Vaccination in the Punjab 1883-1896 - 1883-1896
Year: 1883
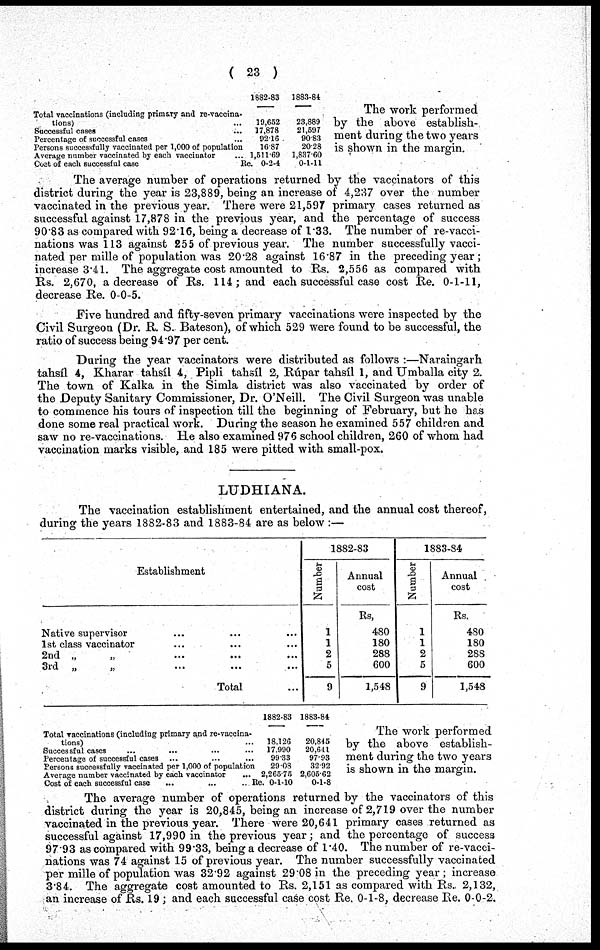
( 23 )
Total vaccinations (including primary and re-vaccina-
tions) ...
Successful cases ...
Percentage of successful cases ...
Persons successfully vaccinated per 1,000 of population
Average number vaccinated by each vaccinator ...
Cost of each successful case
1882-83
10,652
17,878
92.16
16.87
1,511.69
Re. 0-2-4
1883-84
23,889
21,597
90.83
20.28
1,837.60
0-1-11
The work performed
by the above establish-
ment during the two years
is shown in the margin.
The average number of operations returned by the vaccinators of this
district during the year is 23,889, being an increase of 4,237 over the number
vaccinated in the previous year. There were 21,597 primary cases returned as
successful against 17,878 in the previous year, and the percentage of success
90.83 as compared with 92.16, being a decrease of 1.33. The number of re-vacci-
nations was 113 against 255 of previous year. The number successfully vacci-
nated per mille of population was 20.28 against 16.87 in the preceding year;
increase 3.41. The aggregate cost amounted to Rs. 2,556 as compared with
Rs. 2,670, a decrease of Rs. 114; and each successful case cost Re. 0-1-11,
decrease Re. 0-0-5.
Five hundred and fifty-seven primary vaccinations were inspected by the
Civil Surgeon (Dr. R. S. Bateson), of which 529 were found to be successful, the
ratio of success being 94.97 per cent.
During the year vaccinators were distributed as follows :—Naraingarh
tahsíl 4, Kharar tahsíl 4, Pipli tahsíl 2, Rúpar tahsíl 1, and Umballa city 2.
The town of Kalka in the Simla district was also vaccinated by order of
the Deputy Sanitary Commissioner, Dr. O'Neill. The Civil Surgeon was unable
to commence his tours of inspection till the beginning of February, but he has
done some real practical work. During the season he examined 557 children and
saw no re-vaccinations. He also examined 976 school children, 260 of whom had
vaccination marks visible, and 185 were pitted with small-pox.
LUDHIANA.
The vaccination establishment entertained, and the annual cost thereof,
during the years 1882-83 and 1883-84 are as below :—
Establishment
Native supervisor ... ... ...
1st class vaccinator ... ... ...
2nd „
„ ... ... ...
3rd „
„
...
...
...
Total ...
1882-83
Number
1
1
2
5
9
Annual
cost
Rs.
480
180
288
600
1,548
1883-84
Number
1
1
2
5
9
Annual
cost
Rs.
480
180
288
600
1,548
Total vaccinations (including primary and re-vaccina-
tions) ...
Successful cases ... ... ... ...
Percentage of successful cases ... ... ...
Persons successfully vaccinated per 1,000 of population
Average number vaccinated by each vaccinator ...
Cost of each successful case
... ... ...
1882-83
18.126
17,990
99.33
29.08
2,265.75
Re. 0-1-10
1883-84
20,845
20,641
97.93
32.92
2,605.62
0-1-8
The work performed
by the above establish-
ment during the two years
is shown in the margin.
The average number of operations returned by the vaccinators of this
district during the year is 20,845, being an increase of 2,719 over the number
vaccinated in the previous year. There were 20,641 primary cases returned as
successful against 17,990 in the previous year; and the percentage of success
97.93 as compared with 99.33, being a decrease of 1.40. The number of re-vacci-
nations was 74 against 15 of previous year. The number successfully vaccinated
per mille of population was 32.92 against 29.08 in the preceding year; increase
3.84. The aggregate cost amounted to Rs. 2,151 as compared with Rs. 2,132,
an increase of Rs. 19 ; and each successful case cost Re. 0-1-8, decrease Re. 0-0-2.